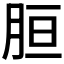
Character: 𦚸